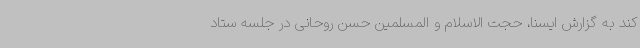
کند به گزارش ایسنا، حجت الاسلام و المسلمین حسن روحانی در جلسه ستاد